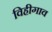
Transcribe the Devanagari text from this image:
विहीगाव